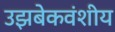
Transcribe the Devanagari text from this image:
उझबेकवंशीय